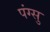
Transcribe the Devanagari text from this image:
पंग्सु